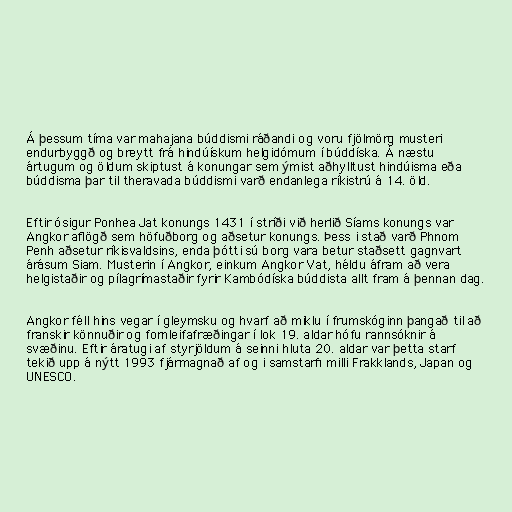
Á þessum tíma var mahajana búddismi ráðandi og voru fjölmörg musteri
endurbyggð og breytt frá hindúískum helgidómum í búddíska. Á næstu
ártugum og öldum skiptust á konungar sem ýmist aðhylltust hindúisma eða
búddisma þar til theravada búddismi varð endanlega ríkistrú á 14. öld.

Eftir ósigur Ponhea Jat konungs 1431 í stríði við herlið Síams konungs var
Angkor aflögð sem höfuðborg og aðsetur konungs. Þess i stað varð Phnom
Penh aðsetur ríkisvaldsins, enda þótti sú borg vara betur staðsett gagnvart
árásum Siam. Musterin í Angkor, einkum Angkor Vat, héldu áfram að vera
helgistaðir og pílagrímastaðir fyrir Kambódíska búddista allt fram á þennan dag.

Angkor féll hins vegar í gleymsku og hvarf að miklu í frumskóginn þangað til að
franskir könnuðir og fornleifafræðingar í lok 19. aldar hófu rannsóknir á
svæðinu. Eftir áratugi af styrjöldum á seinni hluta 20. aldar var þetta starf
tekið upp á nýtt 1993 fjármagnað af og i samstarfi milli Frakklands, Japan og
UNESCO.